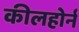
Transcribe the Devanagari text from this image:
कीलहोर्न